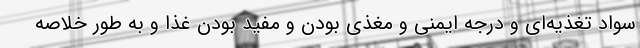
سواد تغذیه‌ای و درجه ایمنی و مغذی بودن و مفید بودن غذا و به طور خلاصه